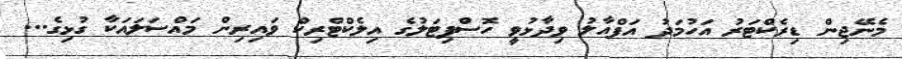
މެނޭޖިން ޑިރެކްޓަރު އަހުމަދު އަފްއާލު ވިދާޅުވީ ހޮސްޕިޓަލުގެ އިލެކްޓްރިކް ވައިރިން މައްސަލައަކާ ގުޅިގެ...